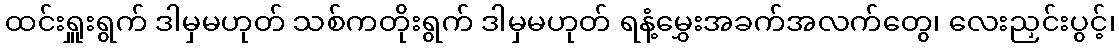
ထင်းရှူးရွက် ဒါမှမဟုတ် သစ်ကတိုးရွက် ဒါမှမဟုတ် ရနံ့မွှေးအခက်အလက်တွေ၊ လေးညှင်းပွင့်၊